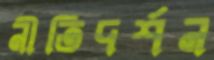
নীতিদর্শন